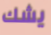
يشك